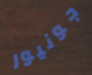
جونيور